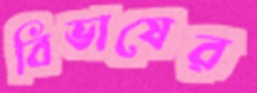
বিভাষের